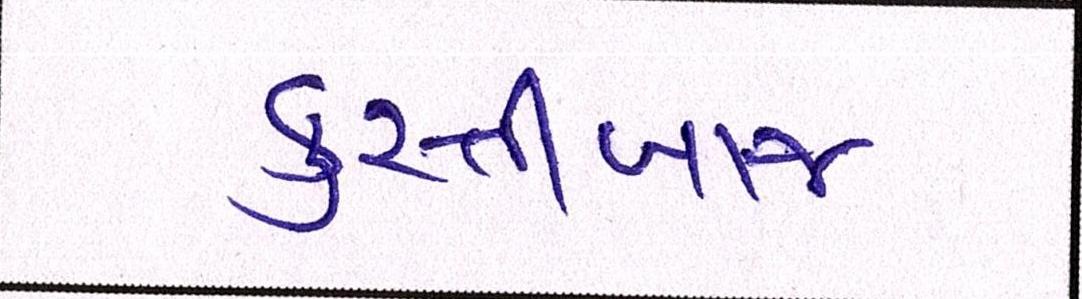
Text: કુસ્તીબાજ